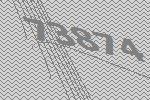
73874